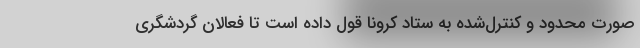
صورت محدود و کنترل‌شده به ستاد کرونا قول داده است تا فعالان گردشگری